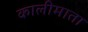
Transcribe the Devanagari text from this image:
कालीमाता